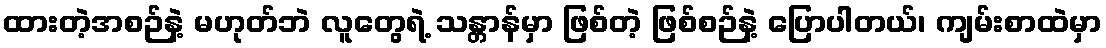
ထားတဲ့အစဉ်နဲ့ မဟုတ်ဘဲ လူတွေရဲ့ သန္တာန်မှာ ဖြစ်တဲ့ ဖြစ်စဉ်နဲ့ ပြောပါတယ်၊ ကျမ်းစာထဲမှာ